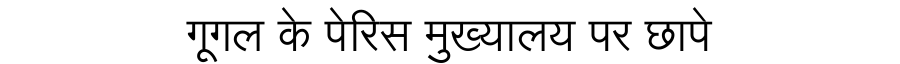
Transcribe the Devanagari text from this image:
गूगल के पेरिस मुख्यालय पर छापे